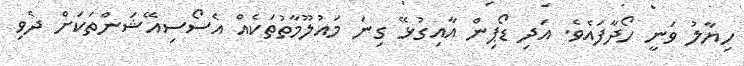
ހިޔާލު ވަނީ ހޯދާފައެވެ. އަދި ޑޯޕިން އާއިގުޅޭ ގިނަ މައުލޫމާތުތަކެއް އެސޯސިއޭޝަންތަކަށް ދެވި